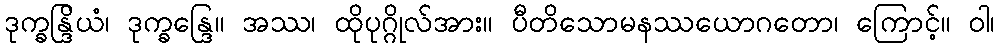
ဒုက္ခန္ဒြိယံ၊ ဒုက္ခန္ဒြေ။ အဿ၊ ထိုပုဂ္ဂိုလ်အား။ ပီတိသောမနဿယောဂတော၊ ကြောင့်။ ဝါ၊